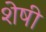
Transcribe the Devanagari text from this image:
शेषी